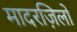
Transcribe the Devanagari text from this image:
मादरज़िलों